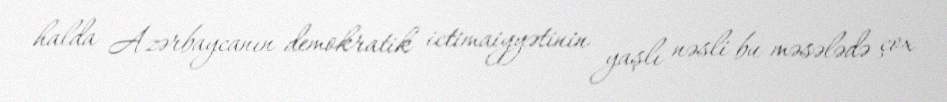
halda Azərbaycanın demokratik ictimaiyyətinin yaşlı nəsli bu məsələdə çox